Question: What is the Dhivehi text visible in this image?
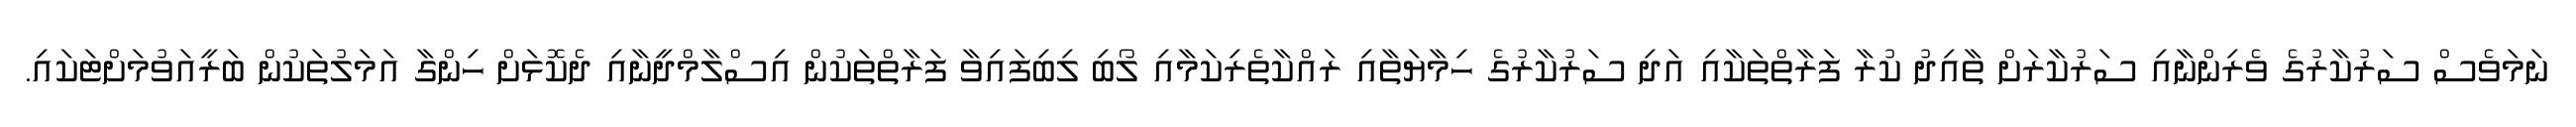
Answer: ނަމަވެސް ސަރުކާރުގެ ވެރިންނާއި ސަރުކާރަށް ތާއިދު ކުރާ ފަރާތްތަކާއި އަދި ސަރުކާރުގެ ހިމާޔަތާއި ރައްކާތެރިކަމާއި ލޯބި ލިބިފައިވާ ފަރާތްތަކުން އިސްލާމްދީނާއި ދެކޮޅަށް ހިންގާ އަމަލުތަކުން ބަރީއަވުމަށްޓަކައި.